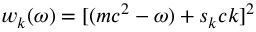
w _ { k } ( \omega ) = [ ( m c ^ { 2 } - \omega ) + s _ { k } c k ] ^ { 2 }